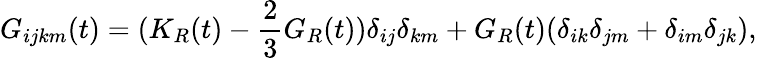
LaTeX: G_{ijkm}(t)=(K_{R}(t)-\frac{2}{3}G_{R}(t))\delta_{ij}\delta_{km}+G_{R}(t)(\delta_{ik}\delta_{jm}+\delta_{im}\delta_{jk}),